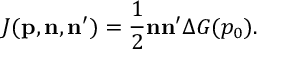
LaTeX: J ( { \bf p , n , n } ^ { \prime } ) = \frac { 1 } { 2 } { \bf n n } ^ { \prime } \Delta G ( p _ { 0 } ) .